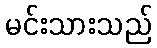
မင်းသားသည်